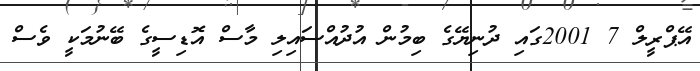
އޭޕްރީލް 7 2001ގައި ދުނިޔޭގެ ބިމުން އުދުއްސައިލި މާސް އޮޑިސީގެ ބޭނުމަކީ ވެސް